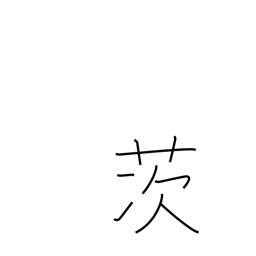
Meaning: briar